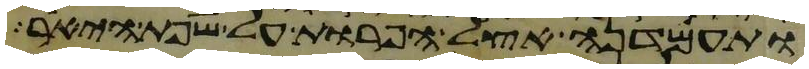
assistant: ותעמדנה אצל הפרות על שפת היאר